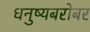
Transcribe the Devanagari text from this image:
धनुष्यबरोबर